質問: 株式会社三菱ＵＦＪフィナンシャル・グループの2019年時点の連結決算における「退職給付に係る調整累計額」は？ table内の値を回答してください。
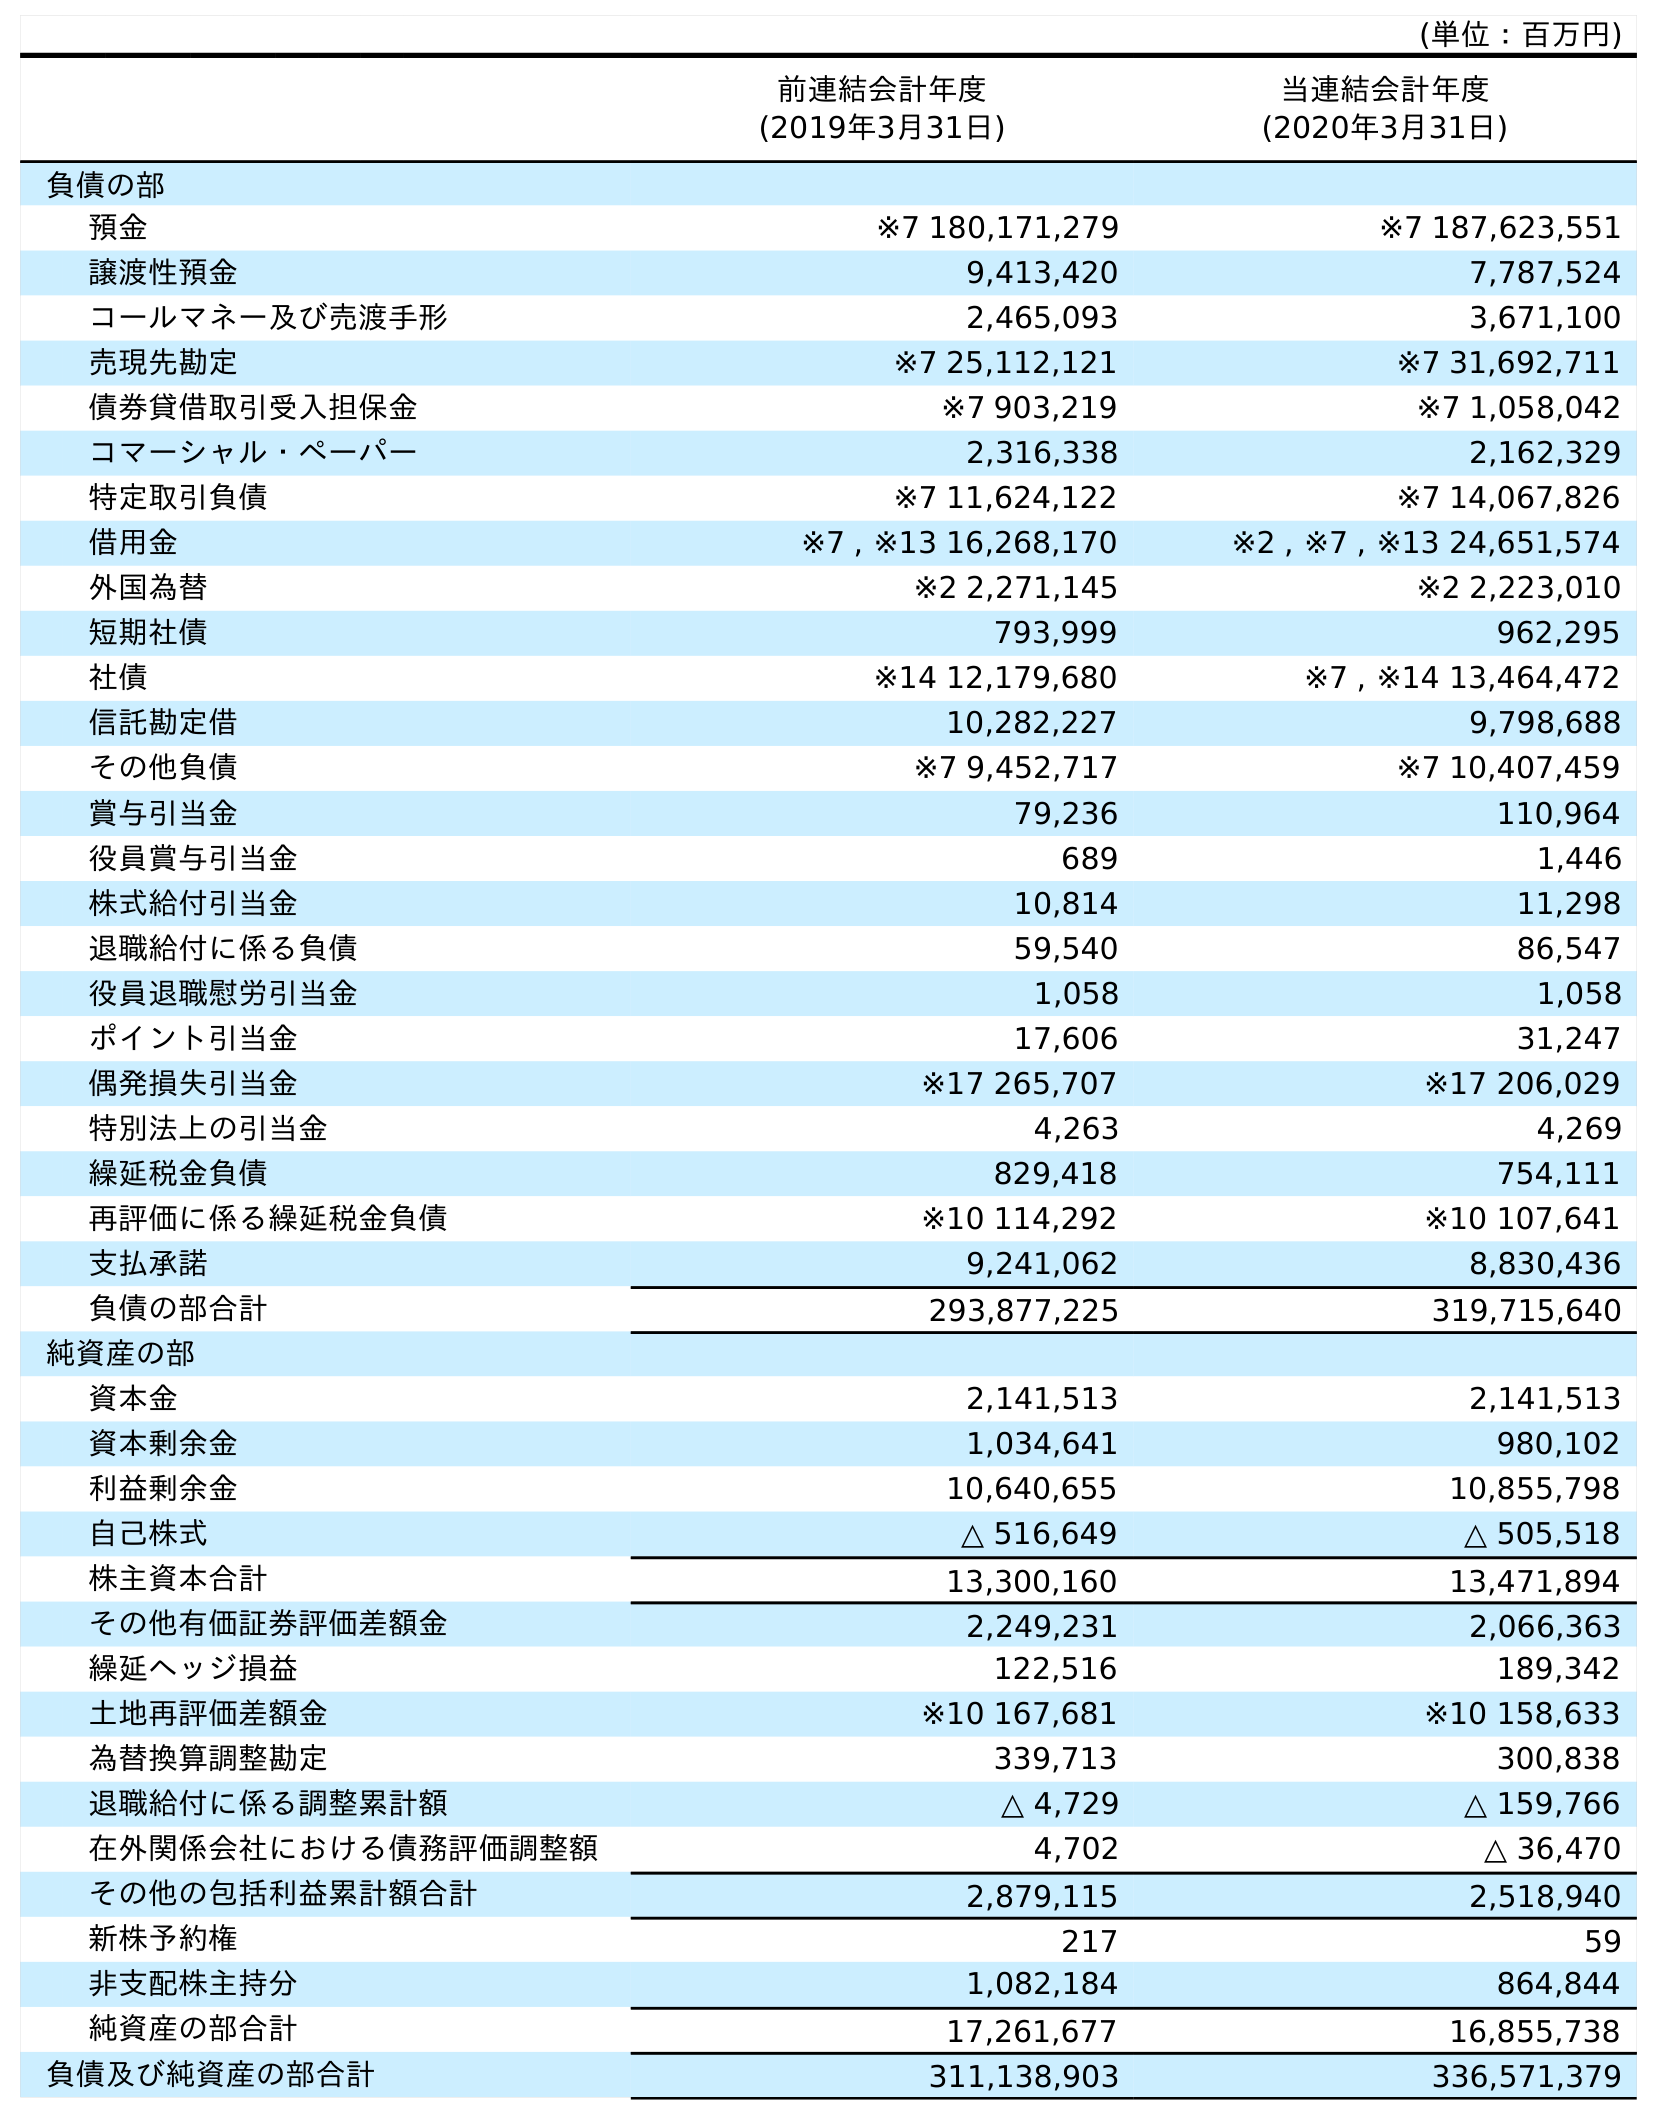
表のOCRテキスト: (単位：百万円) 前連結会計年度 (2019年3月31日) 当連結会計年度 (2020年3月31日) 負債の部 預金 ※7 180,171,279 ※7 187,623,551 譲渡性預金 9,413,420 7,787,524 コールマネー及び売渡手形 2,465,093 3,671,100 売現先勘定 ※7 25,112,121 ※7 31,692,711 債券貸借取引受入担保金 ※7 903,219 ※7 1,058,042 コマーシャル・ペーパー 2,316,338 2,162,329 特定取引負債 ※7 11,624,122 ※7 14,067,826 借用金 ※7 , ※13 16,268,170 ※2 , ※7 , ※13 24,651,574 外国為替 ※2 2,271,145 ※2 2,223,010 短期社債 793,999 962,295 社債 ※14 12,179,680 ※7 , ※14 13,464,472 信託勘定借 10,282,227 9,798,688 その他負債 ※7 9,452,717 ※7 10,407,459 賞与引当金 79,236 110,964 役員賞与引当金 689 1,446 株式給付引当金 10,814 11,298 退職給付に係る負債 59,540 86,547 役員退職慰労引当金 1,058 1,058 ポイント引当金 17,606 31,247 偶発損失引当金 ※17 265,707 ※17 206,029 特別法上の引当金 4,263 4,269 繰延税金負債 829,418 754,111 再評価に係る繰延税金負債 ※10 114,292 ※10 107,641 支払承諾 9,241,062 8,830,436 負債の部合計 293,877,225 319,715,640 純資産の部 資本金 2,141,513 2,141,513 資本剰余金 1,034,641 980,102 利益剰余金 10,640,655 10,855,798 自己株式 △ 516,649 △ 505,518 株主資本合計 13,300,160 13,471,894 その他有価証券評価差額金 2,249,231 2,066,363 繰延ヘッジ損益 122,516 189,342 土地再評価差額金 ※10 167,681 ※10 158,633 為替換算調整勘定 339,713 300,838 退職給付に係る調整累計額 △ 4,729 △ 159,766 在外関係会社における債務評価調整額 4,702 △ 36,470 その他の包括利益累計額合計 2,879,115 2,518,940 新株予約権 217 59 非支配株主持分 1,082,184 864,844 純資産の部合計 17,261,677 16,855,738 負債及び純資産の部合計 311,138,903 336,571,379
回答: △4,729